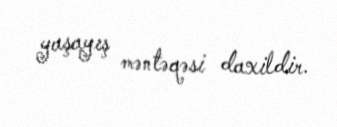
yaşayış məntəqəsi daxildir.